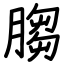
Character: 䐢